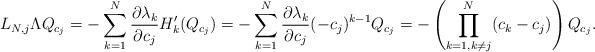
LaTeX: \begin{align*} L_{N,j}\Lambda Q_{c_j}=-\sum_{k=1}^N\frac{\partial\lambda_k}{\partial c_j}H_k'(Q_{c_j})=-\sum_{k=1}^N\frac{\partial\lambda_k}{\partial c_j}(-c_j)^{k-1}Q_{c_j}=-\left(\prod_{k=1,k\neq j}^N(c_k-c_j)\right)Q_{c_j}.\end{align*}